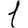
Digit: 1